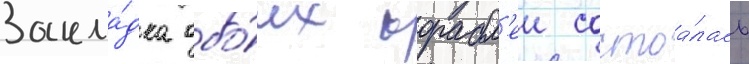
Закла́дка обо́их корабл'еи состоа́лась